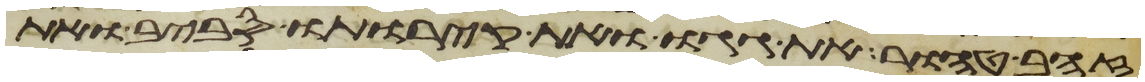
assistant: זהב טהור את גגו ואת קירתיו סביב ואת